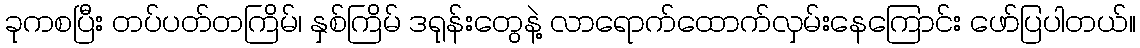
ခုကစပြီး တပ်ပတ်တကြိမ်၊ နှစ်ကြိမ် ဒရုန်းတွေနဲ့ လာရောက်ထောက်လှမ်းနေကြောင်း ဖော်ပြပါတယ်။